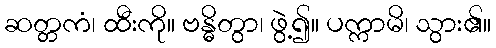
ဆတ္တကံ၊ ထီးကို။ ဗန္ဓိတွာ၊ ဖွဲ့၍။ ပက္ကာမိ၊ သွား၏။